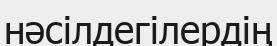
нәсілдегілердің